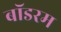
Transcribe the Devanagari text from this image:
बॉडरम